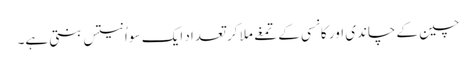
چین کے چاندی اور کانسی کے تمغے ملا کر تعداد ایک سو اُنتیس بنتی ہے۔